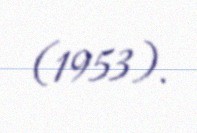
(1953).